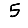
Digit: 5